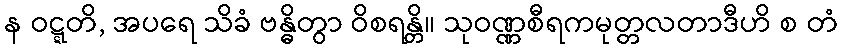
န ဝဋ္ဋတိ, အပရေ သိခံ ဗန္ဓိတွာ ဝိစရန္တိ။ သုဝဏ္ဏစီရကမုတ္တလတာဒီဟိ စ တံ